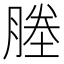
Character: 塍